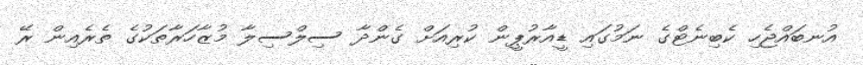
އުނބައްޖެހި ކެބިނެޓްގެ ނަމުގައި ޑީއާރުޕީން ކުރިއަށް ގެންދާ ސިލްސިލާ މުޒާހަރާތަކުގެ ތެރެއިން ރޭ